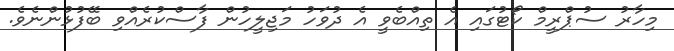
މިހާރު ސުޕްރީމް ކޯޓުގައި އެ ތިއްބެވީ އެ ދުވަހު މަޖިލީހުން ފާސްކުރެއްވި ބޭފުޅުންނެވެ.